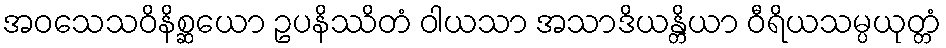
အဝသေသဝိနိစ္ဆယော ဥပနိဿိတံ ဝါယသာ အသာဒိယန္တိယာ ဝီရိယသမ္ပယုတ္တံ